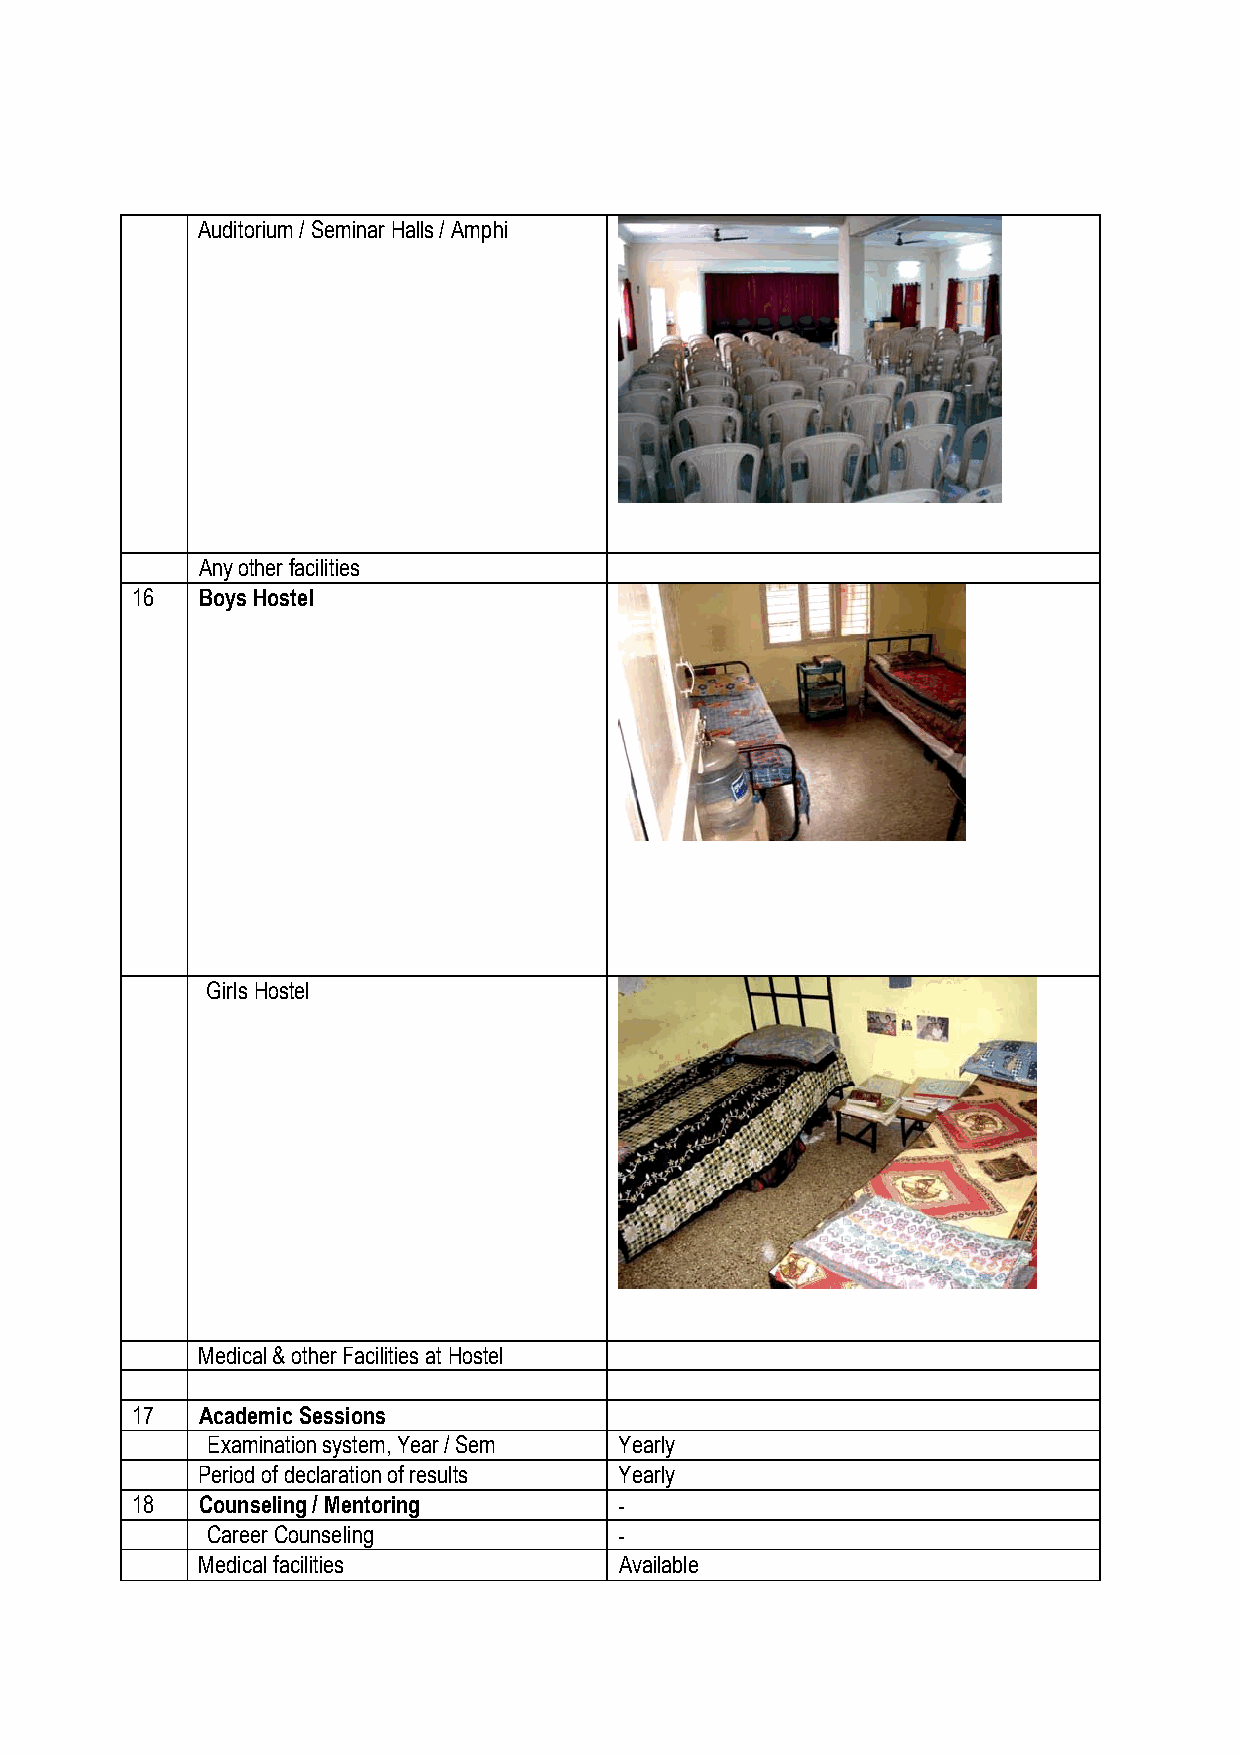
Auditorium / Seminar Halls / Amphi
 Any other facilities
 16  Boys Hostel
 Girls Hostel
 Medical & other Facilities at Hostel
 17  Academic Sessions
 Examination system, Year / Sem Yearly
 Period of declaration of results Yearly
 18  Counseling / Mentoring      -
 Career Counseling          -
 Medical facilities          Available